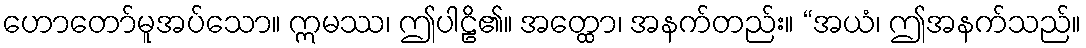
ဟောတော်မူအပ်သော။ ဣမဿ၊ ဤပါဠိ၏။ အတ္ထော၊ အနက်တည်း။ “အယံ၊ ဤအနက်သည်။